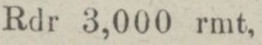
Rdr 3,000 rmt,